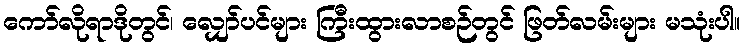
ကော်လိုရာဒိုတွင်၊ လျှော်ပင်များ ကြီးထွားလာစဉ်တွင် ဖြတ်လမ်းများ မသုံးပါ။